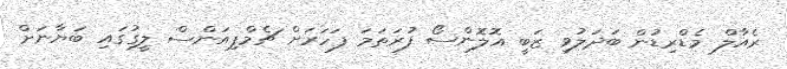
ރެއާލް މެޑްރިޑުން ބަދަލުވި ޒަބީ އޮލޮންސޯ ފުރަތަމަ ފަހަރަށް ޗެމްޕިއަންސް ލީގުގައި ބަޔާނަށް